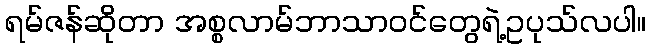
ရမ်ဇန်ဆိုတာ အစ္စလာမ်ဘာသာဝင်တွေရဲ့ဥပုသ်လပါ။